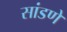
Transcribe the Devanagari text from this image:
सांडणे